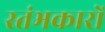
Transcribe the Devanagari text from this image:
स्‍तंभकारों